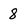
Character: 8